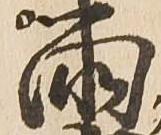
両